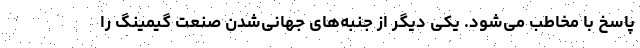
پاسخ با مخاطب می‌شود. یکی دیگر از جنبه‌های جهانی‌شدن صنعت گیمینگ را